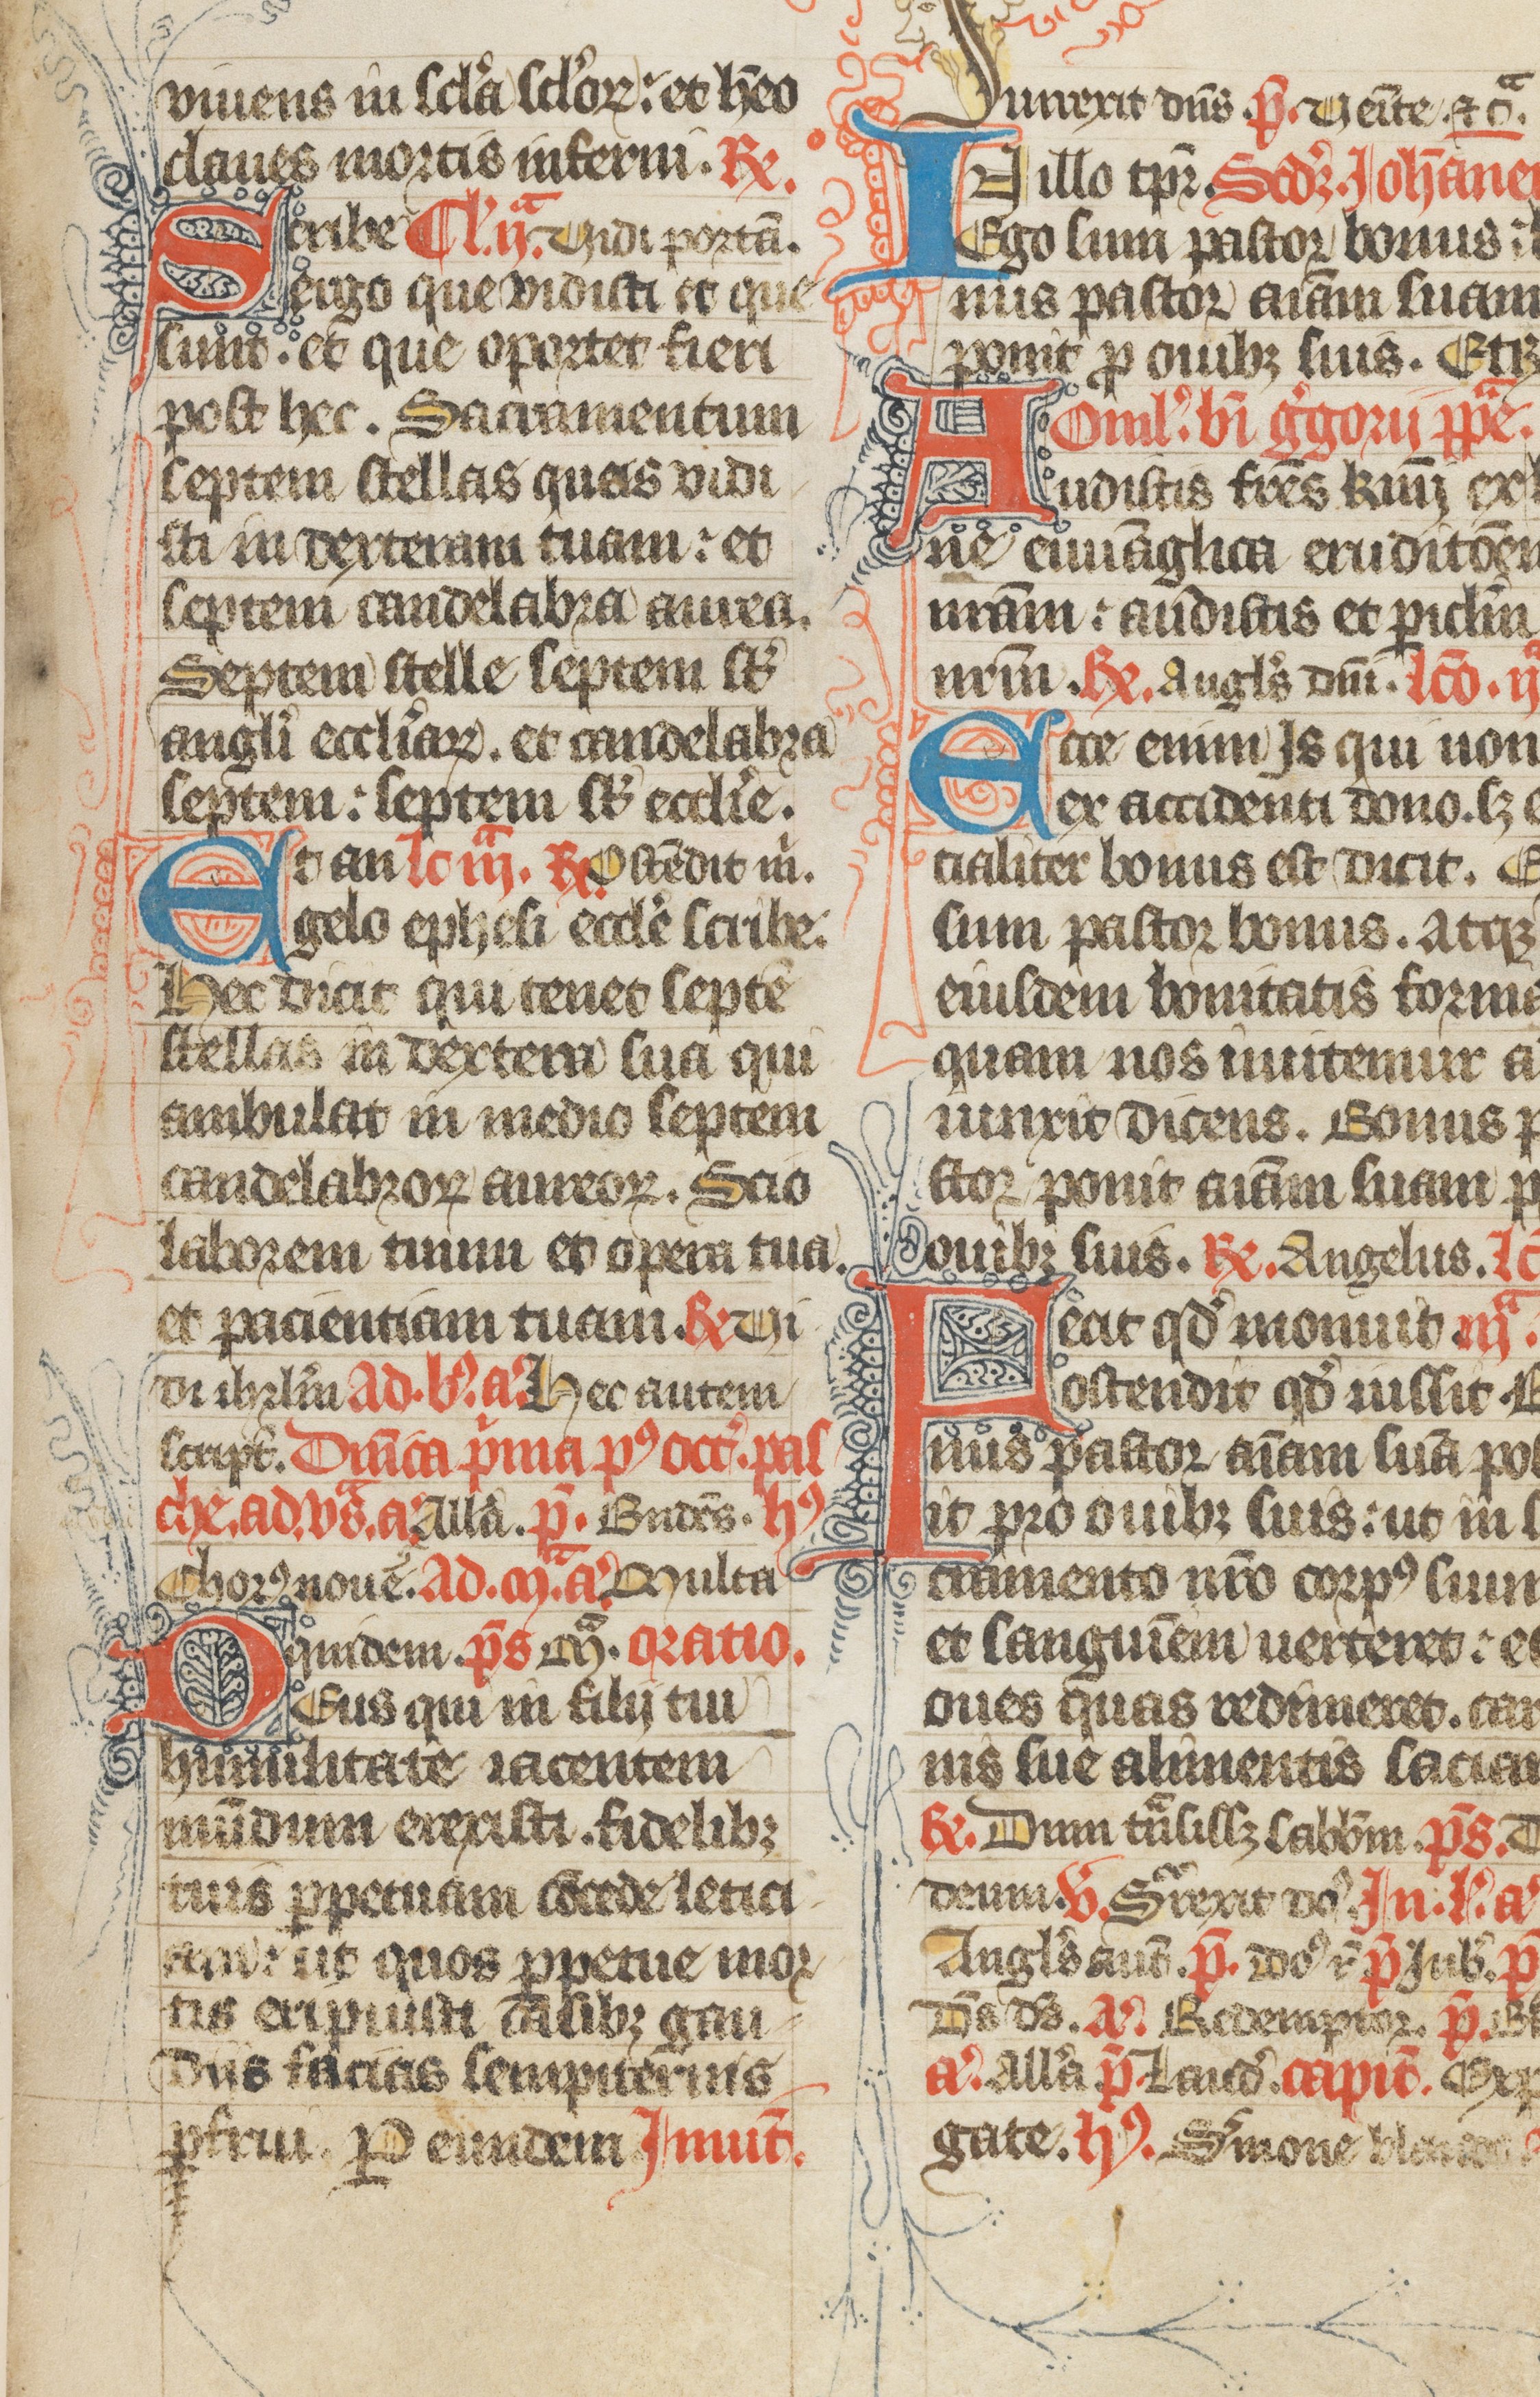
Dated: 1385–1415